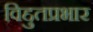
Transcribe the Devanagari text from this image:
विद्दुतप्रभार